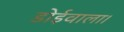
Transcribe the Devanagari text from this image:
डोईवाला।